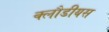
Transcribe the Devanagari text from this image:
क्लौडीयस